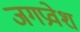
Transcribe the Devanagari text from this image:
जगप्रवेश